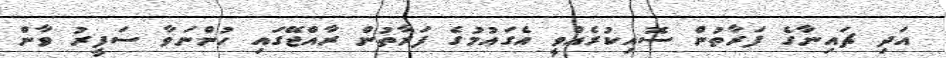
އަދި ޗައިނާގެ ފަރާތުން ސޮއިކުރެއްވީ އެގައުމުގެ ފަރާތުން ރާއްޖޭގައި ހުންނަވާ ސަފީރު ވާން